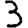
Digit: 3